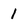
Character: 1